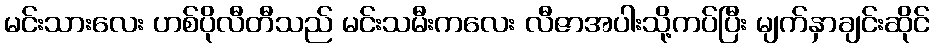
မင်းသားလေး ဟစ်ပိုလီတီသည် မင်းသမီးကလေး လီဇာအပါးသို့ကပ်ပြီး မျက်နှာချင်းဆိုင်